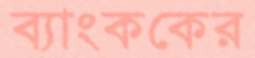
ব্যাংককের